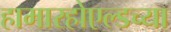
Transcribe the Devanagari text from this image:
हामारहोएल्डच्या